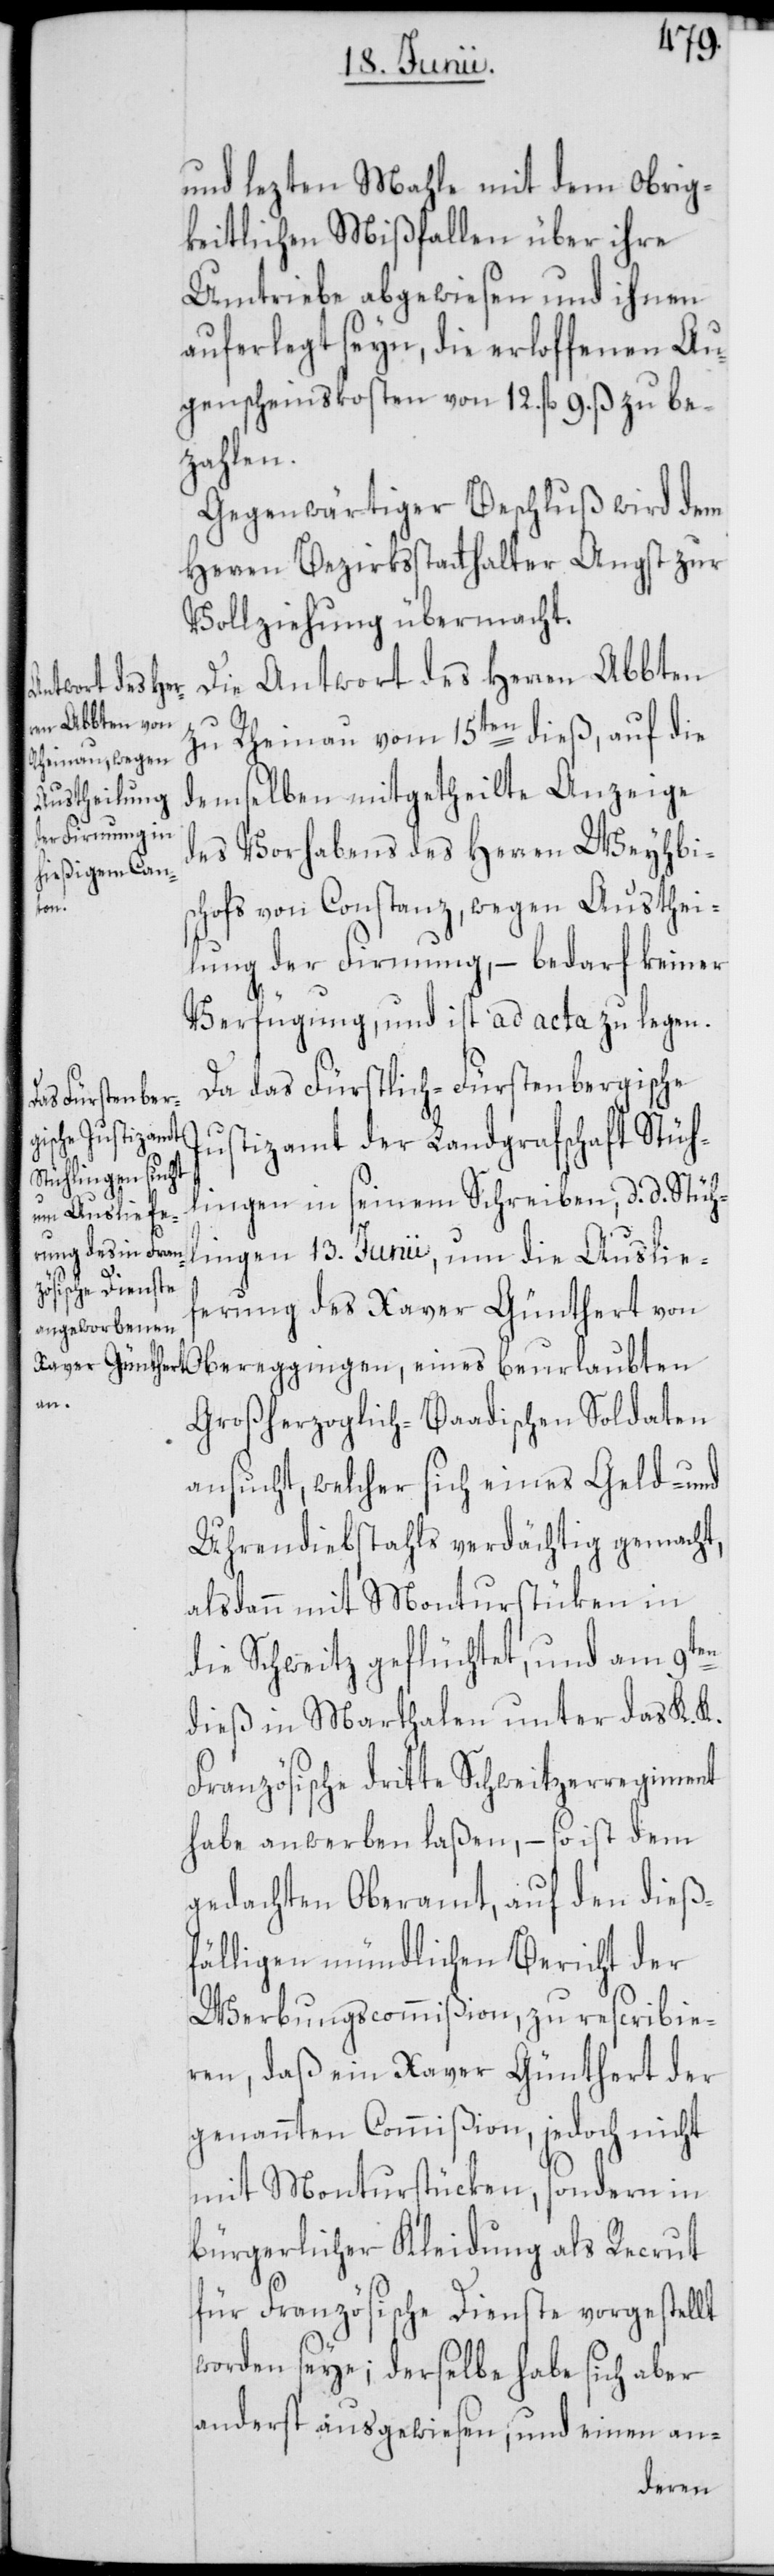
und lezten Mahle mit dem Obrig¬
keitlichen Mißfallen über ihre
Umtriebe abgewiesen und ihnen
auferlegt seyn, die erloffenen Au¬
genscheinskosten von 12. fl. 9. ß zu be¬
zahlen.
Gegenwärtiger Beschluß wird dem
Herren Bezirksstatthalter Angst zur
Vollziehung übermacht.
Die Antwort des Herren Abten
zu Rheinau vom 15ten dieß, auf die
demselben mitgetheilte Anzeige
des Vorhabens des Herren Weyhbi¬
schofs von Constanz, wegen Austhei¬
lung der Firmung, – bedarf keiner
Verfügung, und ist ad acta zu legen.
Da das Fürstlich-Fürstenbergische
Justizamt der Landgrafschaft Stüh¬
lingen in seinem Schreiben, d. d. Stüh¬
lingen 13. Junii, um die Auslief¬
erung des Xaver Günthert von
Obereggingen, eines beurlaubten
Großherzoglich-Baadischen Soldaten
ansucht, welcher sich eines Geld- und
Uhrendiebstahls verdächtig gemacht,
alsdann mit Monturstüken in
die Schweitz geflüchtet, und am 9ten
dieß in Marthalen unter das K. K.
Französische dritte Schweitzerregiment
habe anwerben laßen, – so ist dem
gedachten Oberamt, auf den dieß¬
fälligen mündlichen Bericht der
Werbungscommißion, zu rescribie¬
ren, daß ein Xaver Günthert der
genannten Commißion, jedoch nicht
mit Monturstücken, sondern in
bürgerlicher Kleidung als Recrut
für Französische Dienste vorgestellt
worden seye; derselbe habe sich aber
anderst ausgewiesen, und einen an-